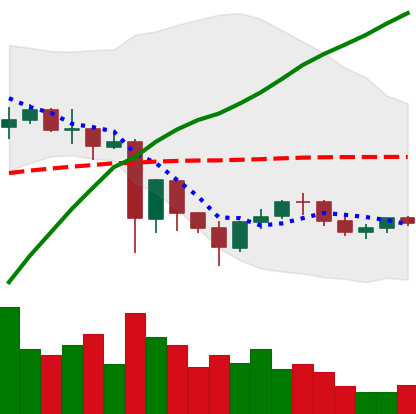
Ticker: NEO-USD
Chart end date: 2021-06-01
Forward return: 5.262%
Label: up_5_7